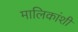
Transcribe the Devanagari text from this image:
मालिकांशी